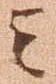
云